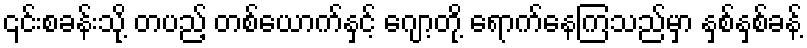
၎င်းစခန်းသို့ တပည့် တစ်ယောက်နှင့် ဂျော့တို့ ရောက်နေကြသည်မှာ နှစ်နှစ်ခန့်